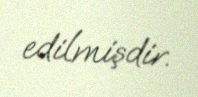
edilmişdir.